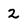
Character: 2